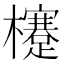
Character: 𣟯